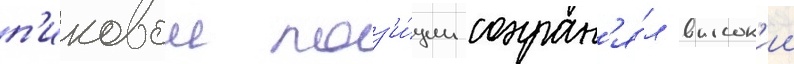
п'иковои поз'и́ции сохран'я́л высок'ии